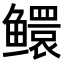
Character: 𬶵